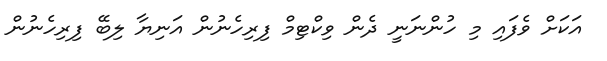
އަކަށް ވެފައި މި ހުންނަނީ ދެން ވިކްޓިމް ފިރިހެނުން އަނިޔާ ލިބޭ ފިރިހެނުން